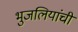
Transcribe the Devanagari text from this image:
भुजलियांची